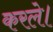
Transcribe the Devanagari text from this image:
करले।